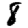
Digit: 8